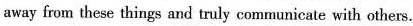
away from these things and truly communicate with others.